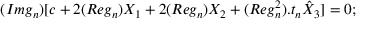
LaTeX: ( I m g _ { n } ) [ c + 2 ( R e g _ { n } ) X _ { 1 } + 2 ( R e g _ { n } ) X _ { 2 } + ( R e g _ { n } ^ { 2 } ) . t _ { n } \hat { X } _ { 3 } ] = 0 ;